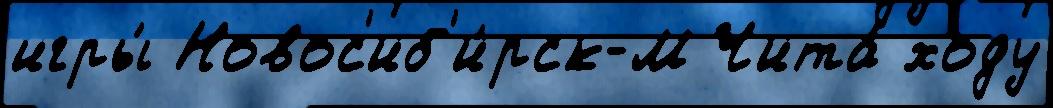
игры́ Новос'иб'и́рск-М Чита́ ходу